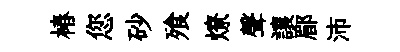
椿您砂飱燎聲讓郿沛